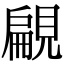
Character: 𧡤